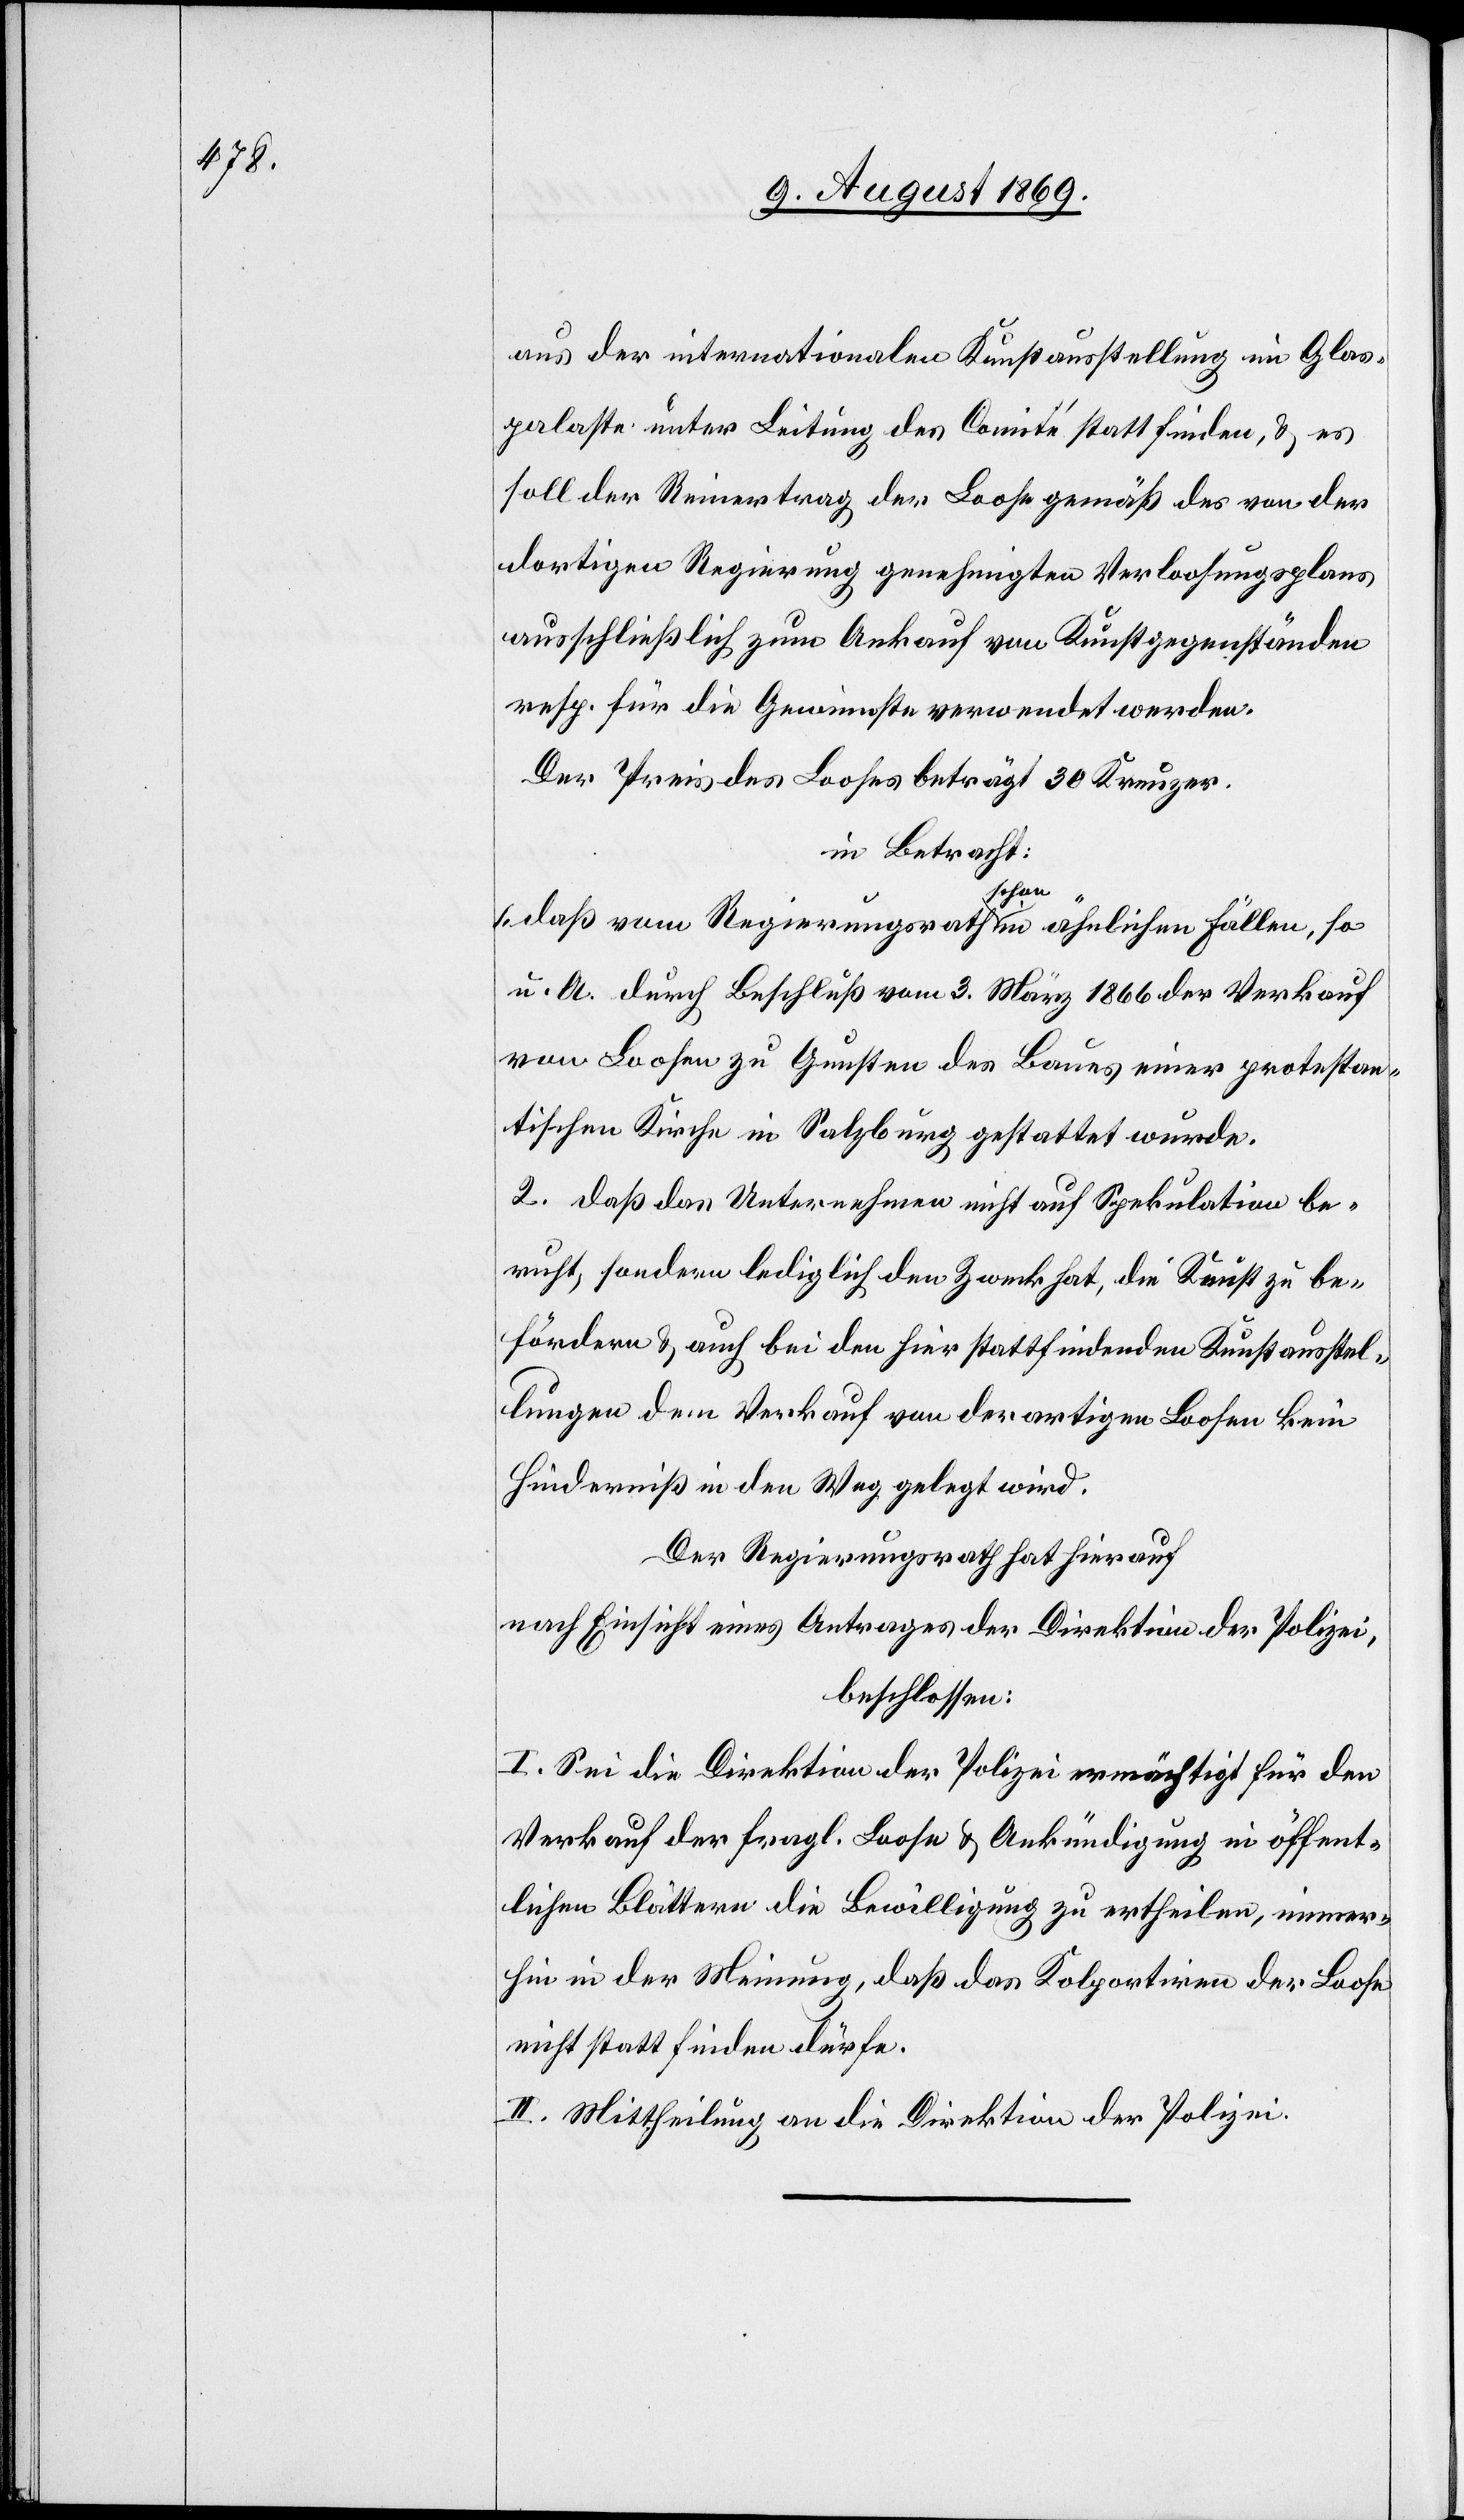
aus der internationalen Kunstausstellung im Glas¬
palaste unter Leitung des Comité stattfinden, & es
soll der Reinertrag der Loose gemäß des von der
dortigen Regierung genehmigten Verloosungsplans
ausschließlich zum Ankauf von Kunstgegenständen
resp. für die Gewinnste [sic!] verwendet werden.
Der Preis des Looses beträgt 30 Kreuzer.
in Betracht:
1. Daß vom Regierungsrathe schon in ähnlichen Fällen, so
u. A. durch Beschluß vom 3 März 1866 der Verkauf
von Loosen zu Gunsten des Baues einer protestan¬
tischen Kirche in Salzburg gestattet wurde.
2. Daß das Unternehmen nicht auf Spekulation be¬
ruht, sondern lediglich den Zweck hat, die Kunst zu be¬
fördern & auch bei den hier stattfindenden Kunstausstel¬
lungen dem Verkauf von derartigen Loosen kein
Hinderniß in den Weg gelegt wird.
Der Regierungsrath hat hierauf,
nach Einsicht eines Antrages der Direktion der Polizei,
beschlossen:
I. Sei die Direktion der Polizei ermächtigt für den
Verkauf der fragl. Loose & Ankündigung in öffent¬
lichen Blättern die Bewilligung zu ertheilen, immer¬
hin in der Meinung, daß das Kolportiren der Loose
nicht statt finden dürfe.
II. Mittheilung an die Direktion der Polizei.